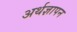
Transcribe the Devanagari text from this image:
अर्थज्ञापन